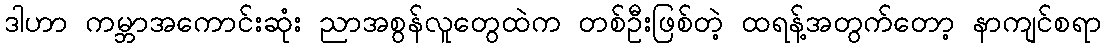
ဒါဟာ ကမ္ဘာအကောင်းဆုံး ညာအစွန်လူတွေထဲက တစ်ဦးဖြစ်တဲ့ ထရန့်အတွက်တော့ နာကျင်စရာ